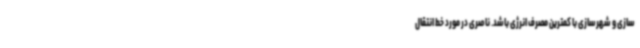
سازی و شهرسازی با کمترین مصرف انرژی باشد. ناصری در مورد خط انتقال